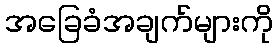
အခြေခံအချက်များကို